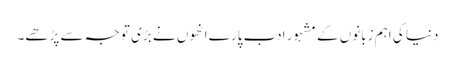
دنیا کی اہم زبانوں کے مشہور ادب پارے انھوں نے بڑی توجہ سے پڑھے۔